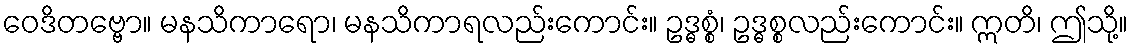
ဝေဒိတဗ္ဗော။ မနသိကာရော၊ မနသိကာရလည်းကောင်း။ ဥဒ္ဓစ္စံ၊ ဥဒ္ဓစ္စလည်းကောင်း။ ဣတိ၊ ဤသို့။